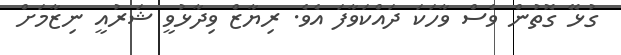
ގުޅޭ ގޮތުން ވެސް ވާހަކަ ދައްކަވާފަ އެވެ. ރިޔާޒް ވިދާޅުވީ ޝަރުއީ ނިޒާމަށް